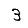
Digit: 3